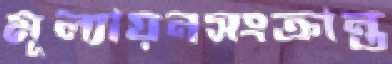
মূল্যায়নসংক্রান্ত